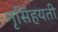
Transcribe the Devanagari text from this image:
नृसिंहयती